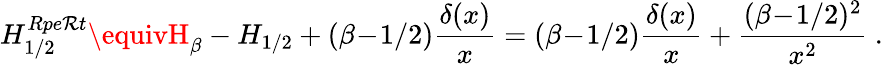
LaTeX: H_{1/2}^{Rpe\mathcal{R}t}\equivH_{\beta}-H_{1/2}+(\beta\! -\! 1/2){\frac{{\delta(x)}}{{x}}}=(\beta\! -\! 1/2){\frac{{\delta(x)}}{{x}}}+{\frac{{(\beta\! -\! 1/2)^{2}}}{{x^{2}}}}~.